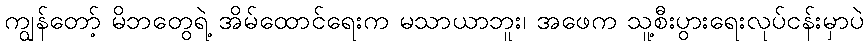
ကျွန်တော့် မိဘတွေရဲ့ အိမ်ထောင်ရေးက မသာယာဘူး၊ အဖေက သူ့စီးပွားရေးလုပ်ငန်းမှာပဲ